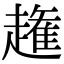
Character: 𧽳